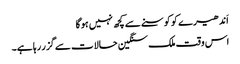
اَندھیر ے کو کوسنے سے کچھ نہیں ہوگا
اس وقت ملک سنگین حالات سے گزر رہا ہے۔